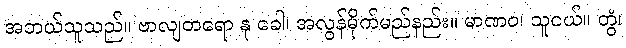
အဘယ်သူသည်။ ဗာလျတရော နု ခေါ၊ အလွန်မိုက်မည်နည်း။ မာဏဝ၊ သူငယ်။ တွံ၊